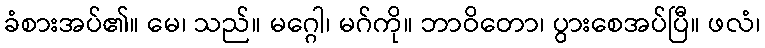
ခံစားအပ်၏။ မေ၊ သည်။ မဂ္ဂေါ၊ မဂ်ကို။ ဘာဝိတော၊ ပွားစေအပ်ပြီ။ ဖလံ၊